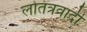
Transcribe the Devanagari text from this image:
लोतंत्रवादी